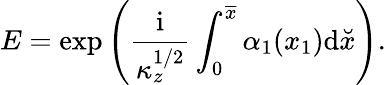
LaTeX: E=\exp\left(\frac{\mathrm{i}}{\kappa_{z}^{1/2}}\int_{0}^{\overline{{x}}}\alpha_{1}(x_{1})\mathrm{d}\breve{x}\right).